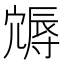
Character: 䢇